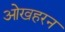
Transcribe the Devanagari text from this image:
ओखहरन